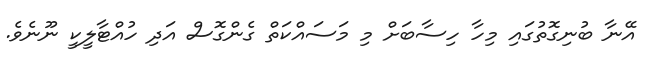
އޭނާ ބުނިގޮތުގައި މިހާ ހިސާބަށް މި މަސައްކަތް ގެންގޮސް އަދި ހުއްޓާލީކީ ނޫނެވެ.